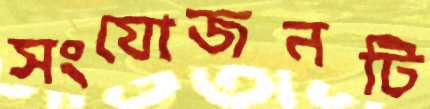
সংযোজনটি